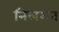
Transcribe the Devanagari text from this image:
निलमत